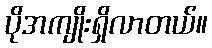
ပိုအကျိုးရှိလာတယ်။